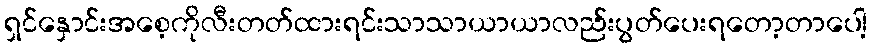
ရှင်နှောင်းအစေ့ကိုလီးတတ်ထားရင်းသာသာယာယာလည်းပွတ်ပေးရတော့တာပေါ့